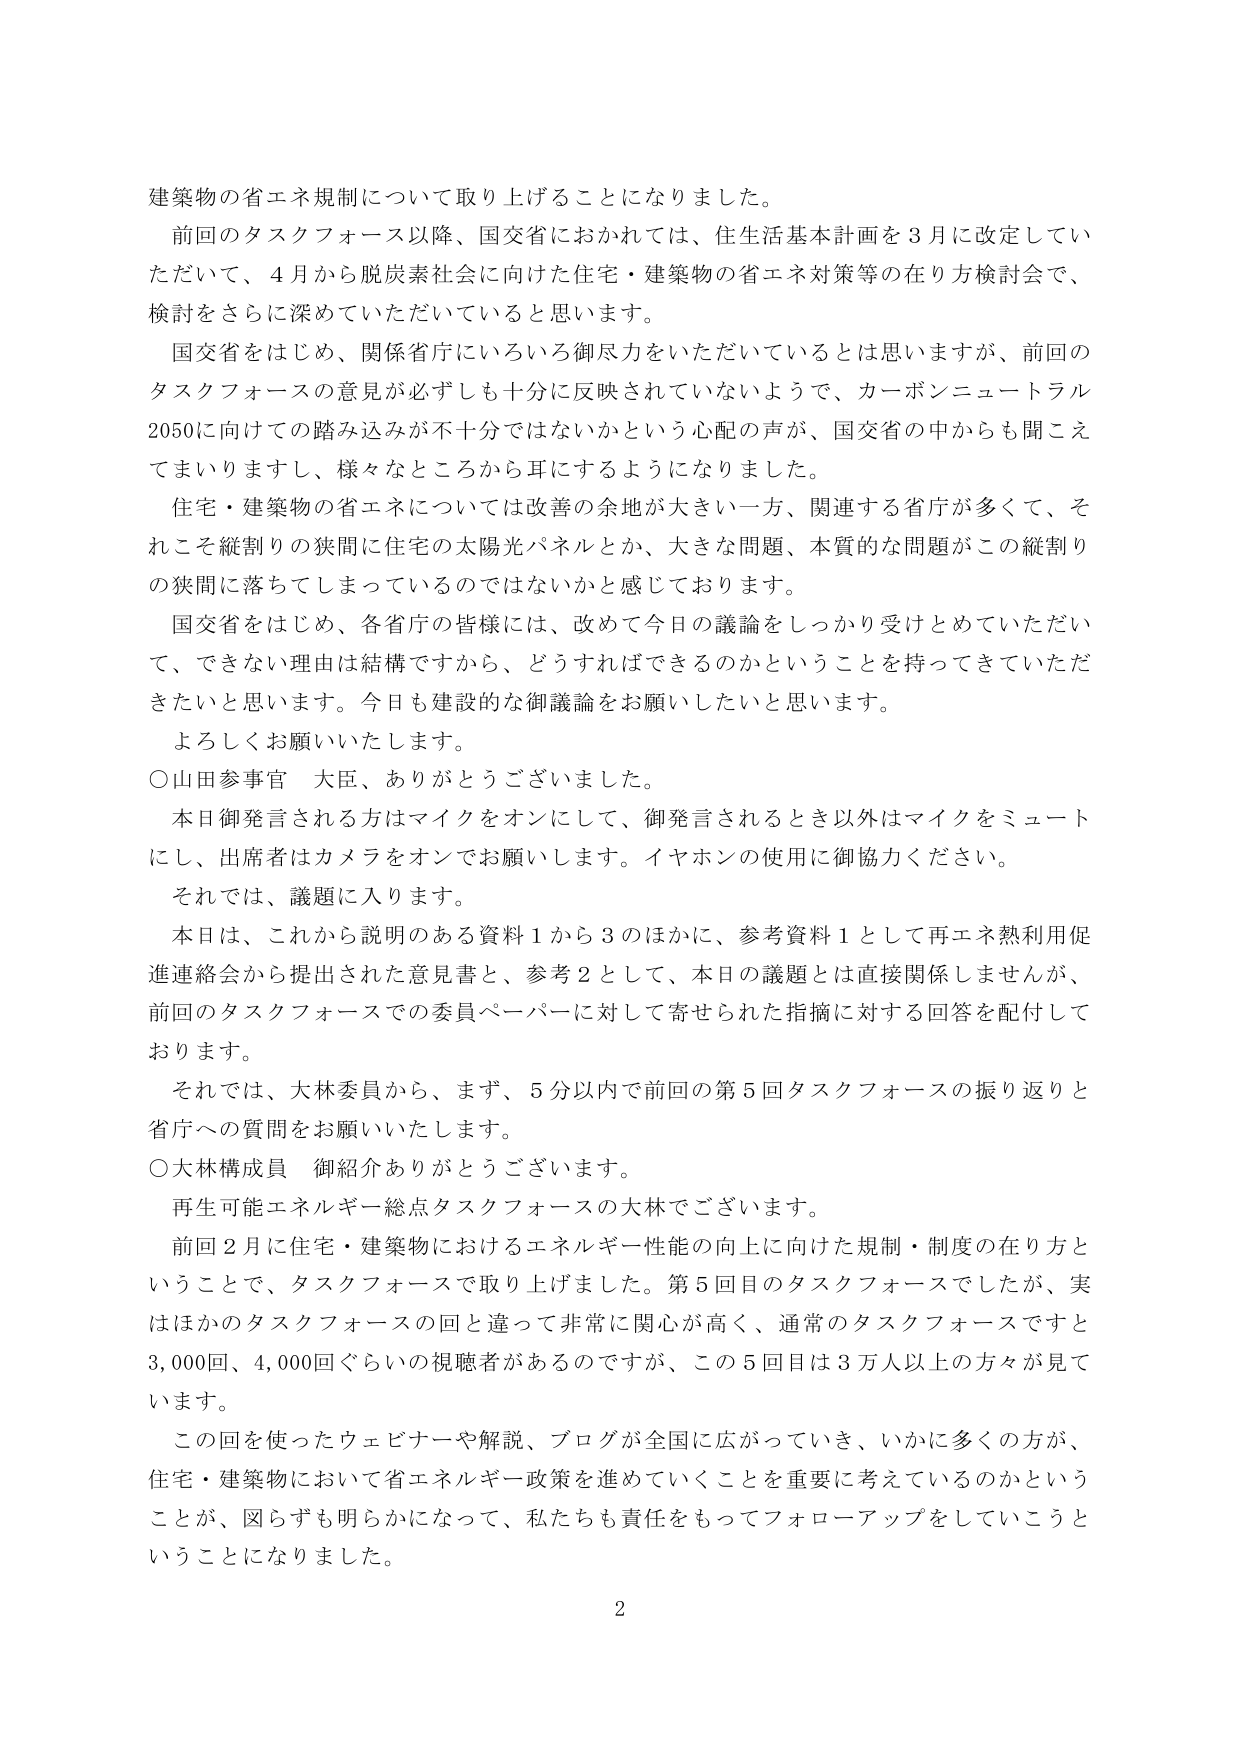
建築物の省エネ規制について取り上げることになりました。

前回のタスクフォース以降、国交省におかれては、住生活基本計画を３月に改定していただいて、４月から脱炭素社会に向けた住宅・建築物の省エネ対策等の在り方検討会で、検討をさらに深めていただいていると思います。

国交省をはじめ、関係省庁にいろいろ御尽力をいただいているとは思いますが、前回のタスクフォースの意見が必ずしも十分に反映されていないようで、カーボンニュートラル2050に向けたの踏み込みが不十分ではないかという心配の声が、国交省の中からも聞こえてまいりますし、様々なところから耳にするようになりました。

住宅・建築物の省エネについては改善の余地が大きい一方、関連する省庁が多くて、それこそ縦割りの狭間で住宅の太陽光パネルとか、大きな問題、本質的な問題がこの縦割りの狭間落ちてしまっているのではないかと感じております。

国交省をはじめ、各省庁の皆様には、改めて今日の議論をしっかり受けとめていただいて、できない理由は結構ですから、どうすればできるのかということを持ってきていただきたいと思います。今日も建設的な御議論をお願いしたいと思います。

よろしくお願いいたします。

○山田参事官　大臣、ありがとうございました。

本日御発言される方はマイクをオンにして、御発言されるとき以外はマイクをミュートにし、出席者はカメラをオンでお願いします。イヤホンの使用に御協力ください。

それでは、議題に入ります。

本日は、これから説明のある資料１から３のほかに、参考資料１として再エネ熱利用促進連絡会から提出された意見書と、参考２として、本日の議題とは直接関係しませんが、前回のタスクフォースでの委員ペーパーに対して寄せられた指摘に対する回答を配付しております。

それでは、大林委員から、まず、５分以内で前回の第５回タスクフォースの振り返りと省庁への質問をお願いいたします。

○大林構成員　御紹介ありがとうございます。

再生可能エネルギー総点タスクフォースの大林でございます。

前回２月に住宅・建築物におけるエネルギー性能の向上に向けた規制・制度の在り方ということで、タスクフォースで取り上げました。第５回目のタスクフォースでしたが、実はほかのタスクフォースの回と違って非常に関心が高く、通常のタスクフォースですと３，０００回、４，０００回ぐらいの視聴者があるのですが、この５回目は３万人以上の方々が見ていただいている。

この回を使ったウェビナーや解説、ブログが全国に広がっていき、いかに多くの方が、住宅・建築物において省エネルギー政策を進めていくことを重要に考えているのかということが、図らずも明らかになって、私たちも責任をもってフォローアップをしていこうということになりました。

2